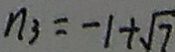
n _ { 3 } = - 1 + \sqrt { 7 }